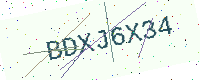
Text: BDXJ6X34